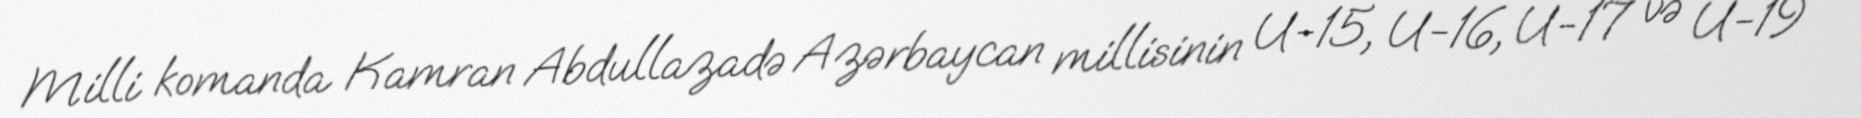
Milli komanda Kamran Abdullazadə Azərbaycan millisinin U-15, U-16, U-17 və U-19